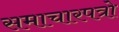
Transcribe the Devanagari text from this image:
समाचारपत्रो